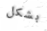
بشكل